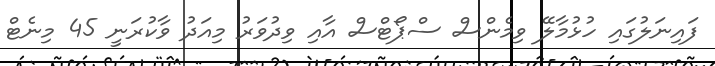
ފައިނަލުގައި ހުޅުމާލޭ ވިމެންސް ސްޕޯޓްސް އާއި ވިދުވަރު މިއަދު ވާކުރަނީ 45 މިނެޓް